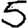
Digit: 5